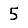
Digit: 5